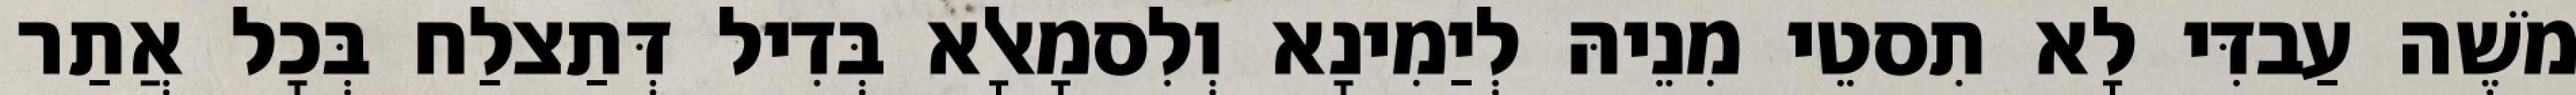
מֹשֶׁה עַבדִּי לָא תִסטֵי מִנֵיהּ לְיַמִינָא וְלִסמָאלָא בְּדִיל דְּתַצלַח בְּכָל אֲתַר